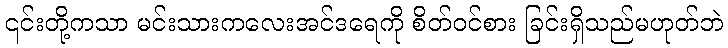
၎င်းတို့ကသာ မင်းသားကလေးအင်ဒရေကို စိတ်ဝင်စား ခြင်းရှိသည်မဟုတ်ဘဲ